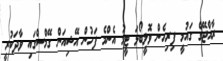
ރާއްޖޭގެ ގައުމީ ފިރިހެން ވޮލީބޯޅަ ޓީމު އެންމެ ފަހުން އޭޝިއަން ގޭމްސްގައި ވާދަކުރީ